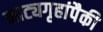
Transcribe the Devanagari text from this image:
नाट्यगृहांपैकी